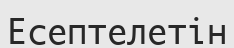
Есептелетін